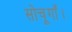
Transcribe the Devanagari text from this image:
सोचूगाँ।